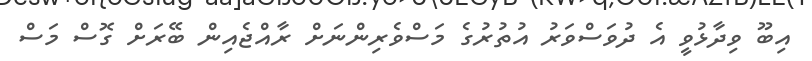
އިބޫ ވިދާޅުވީ އެ ދުވަސްވަރު އުތުރުގެ މަސްވެރިންނަށް ރާއްޖެއިން ބޭރަށް ގޮސް މަސް